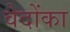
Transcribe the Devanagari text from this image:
वेदोंका